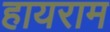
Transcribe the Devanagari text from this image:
हायराम